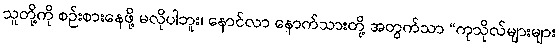
သူတို့ကို စဉ်းစားနေဖို့ မလိုပါဘူး၊ နောင်လာ နောက်သားတို့ အတွက်သာ “ကုသိုလ်များများ